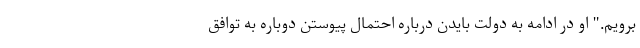
برویم." او در ادامه به دولت بایدن درباره احتمال پیوستن دوباره به توافق